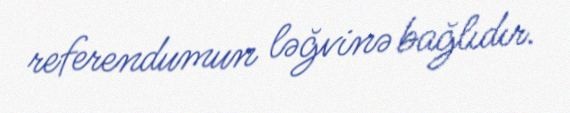
referendumun ləğvinə bağlıdır.